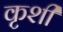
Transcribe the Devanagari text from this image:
कृशी